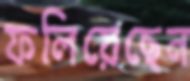
ফলিয়েছেন